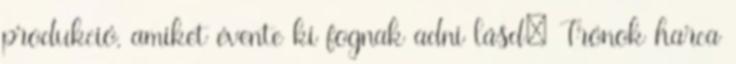
produkció, amiket évente ki fognak adni lásd: Trónok harca